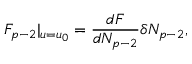
F _ { p - 2 } | _ { u = u _ { 0 } } = \frac { d F } { d N _ { p - 2 } } \delta N _ { p - 2 } ,